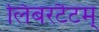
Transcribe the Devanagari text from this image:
लिबरटैटम्